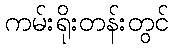
ကမ်းရိုးတန်းတွင်